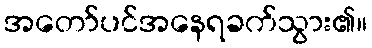
အတော်ပင်အနေရခက်သွား၏။